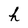
Character: h